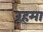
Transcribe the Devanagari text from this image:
रूहमा